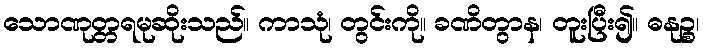
သောဏုတ္တရမုဆိုးသည်။ ကာသုံ၊ တွင်းကို။ ခဏိတွာန၊ တူးပြီး၍။ ဓနုဉ္စ၊